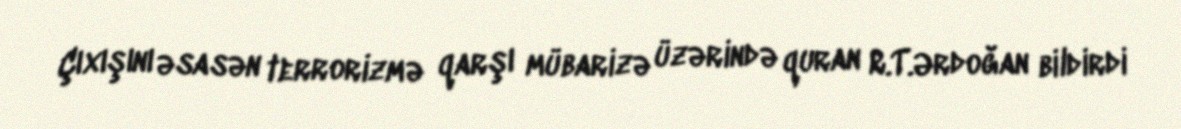
Çıxışını əsasən terrorizmə qarşı mübarizə üzərində quran R.T.Ərdoğan bildirdi